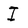
Character: I